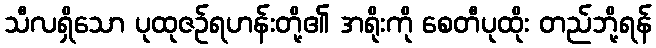
သီလရှိသော ပုထုဇဉ်ရဟန်းတို့၏ အရိုးကို စေတီပုထိုး တည်ဘို့ရန်